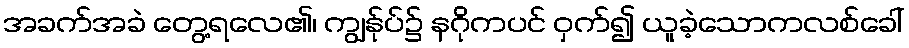
အခက်အခဲ တွေ့ရလေ၏၊ ကျွန်ုပ်၌ နဂိုကပင် ဝှက်၍ ယူခဲ့သောကလစ်ခေါ်